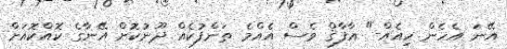
އޭނަ އެހެން ހިއެއް-" އާފާޤް ވެސް އެއްމެ ތަންފުކެއް ދޫނުކޮށް އޭނާގެ ކޮއްކޮއަށް